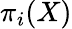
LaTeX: \pi_{i}(X)